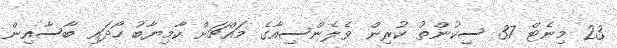
23 މިނެޓް 37 ސިކުންތު ކުރިން ވެލެންސިއާގެ މައްޗަށް ކާމިޔާބު ހޯދައި ބާސާއިން